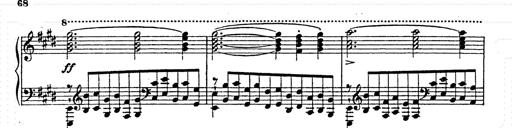
Title: AnnÃ©es de pÃ¨lerinage II
Composer: Franz Liszt